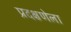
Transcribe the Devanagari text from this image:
प्रदक्षणेला